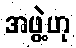
အဖွဲ့ဟု